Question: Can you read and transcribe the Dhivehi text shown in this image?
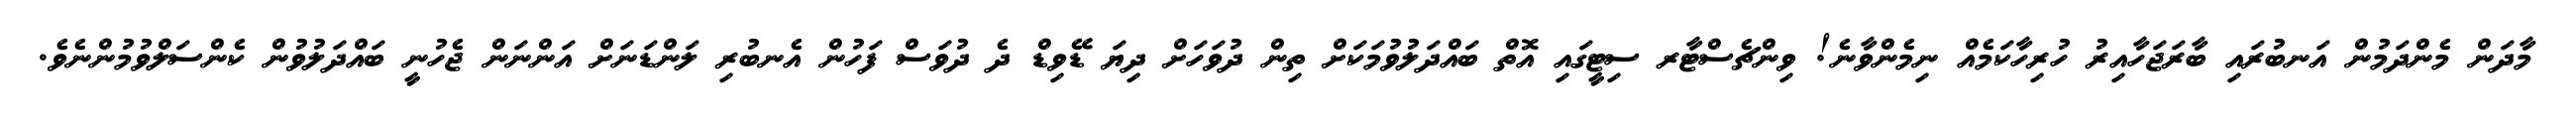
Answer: މާދަން މެންދަމުން އަނބުރައި ބާރަޖަހާއިރު ހުރިހާކަމެއް ނިމެންވާނެ! ވިންޗެސްޓާރ ސިޓީގައި އޮތް ބައްދަލުވުމަކަށް ތިން ދުވަހަށް ދިޔަ ޑޭވިޑް ދެ ދުވަސް ފަހުން އެނބުރި ލަންޑަނަށް އަންނަން ޖެހުނީ ބައްދަލުވުން ކެންސަލްވުމުންނެވެ.